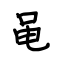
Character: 黾